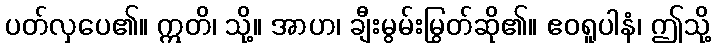
ပတ်လှပေ၏။ ဣတိ၊ သို့။ အာဟ၊ ချီးမွမ်းမြွတ်ဆို၏။ ဧဝရူပါနံ၊ ဤသို့